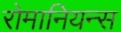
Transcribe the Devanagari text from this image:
रोमानियन्स